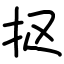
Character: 抠